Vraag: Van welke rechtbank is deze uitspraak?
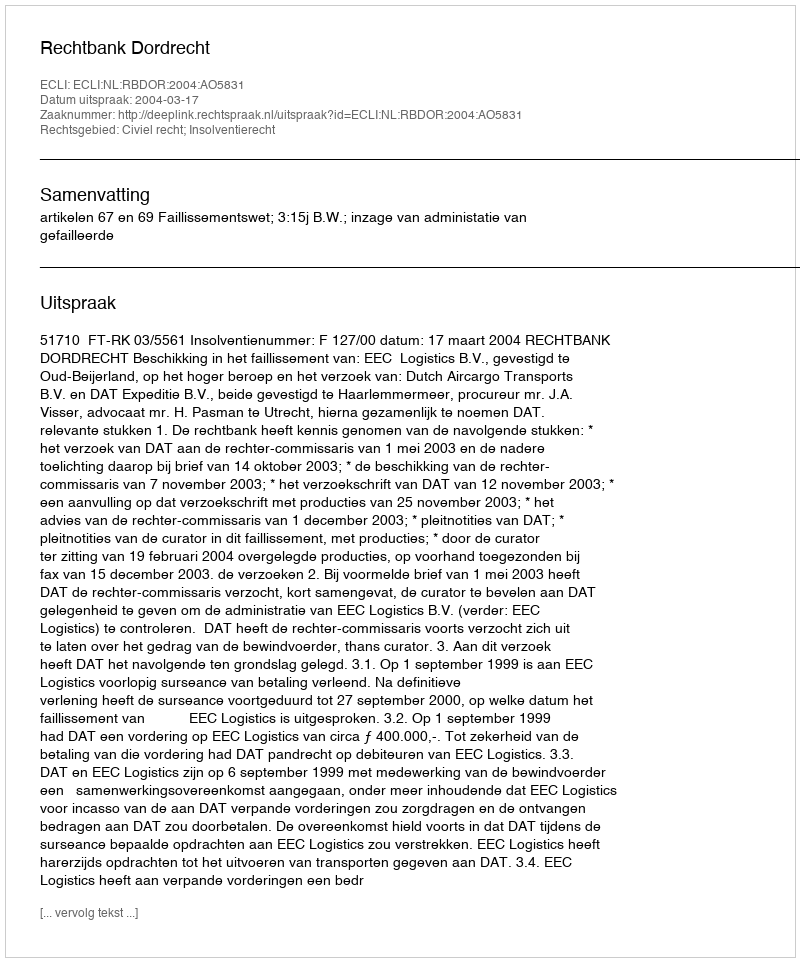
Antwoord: Rechtbank Dordrecht